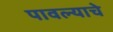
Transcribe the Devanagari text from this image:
पावल्याचे